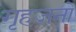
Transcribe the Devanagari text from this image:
गृहजनों